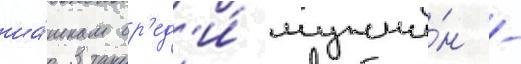
ша́шкам ср'ед'и́ мужчи́н -